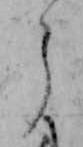
う